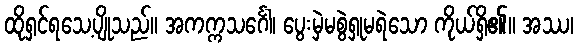
ထိုရှင်ရသေ့ပျိုသည်။ အကက္ကသင်္ဂေါ၊ ပွေးမှဲမစွဲရှုမရဲသော ကိုယ်ရှိ၏။ အဿ၊